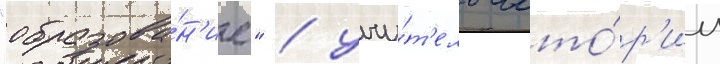
"образова́н'ие" / учи́т'ель исто́р'ии